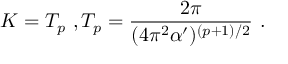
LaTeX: K = T _ { p } \ , T _ { p } = \frac { 2 \pi } { ( 4 \pi ^ { 2 } \alpha ^ { \prime } ) ^ { ( p + 1 ) / 2 } } \ .